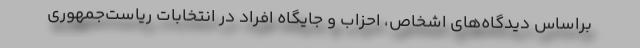
براساس دیدگاه‌های اشخاص، احزاب و جایگاه افراد در انتخابات ریاست‌جمهوری